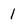
Character: 1